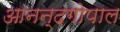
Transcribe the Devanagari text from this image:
आनन्दगोपाल